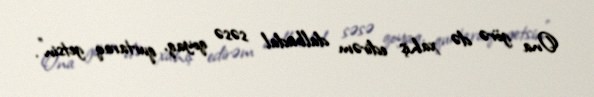
Ona görə də xahiş edirəm dalbadal səsə qoyaq, qurtaraq getsin”.